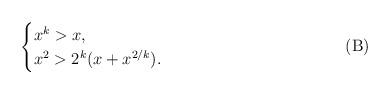
LaTeX: \begin{align*}\tag*{(B)}\begin{cases}x^k >x,\\x^2 >2^{k}(x+x^{2/k}).\end{cases}\end{align*}